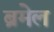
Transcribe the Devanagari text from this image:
ब्रमेल